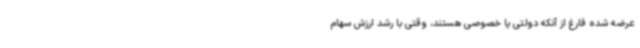
عرضه شده فارغ از آنکه دولتی یا خصوصی هستند، وقتی با رشد ارزش سهام